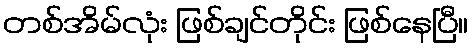
တစ်အိမ်လုံး ဖြစ်ချင်တိုင်း ဖြစ်နေပြီ။